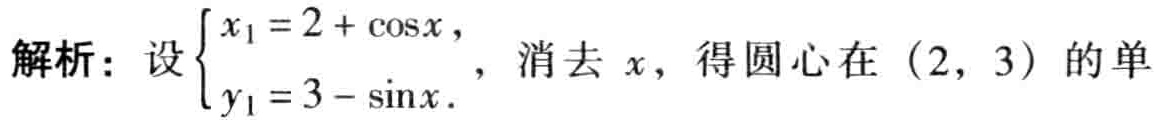
解析：设\(\begin{cases}x_{1}=2 + \cos x,\\y_{1}=3 - \sin x.\end{cases}\) 消去 \(x\)，得圆心在 \((2, 3)\) 的单